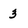
Character: 3